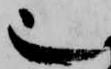
也